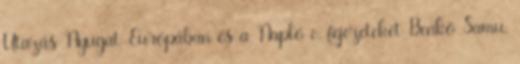
Utazás Nyugat-Európában és a Napló c. fejezeteket Benkő Samu,